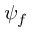
\psi _ { f }